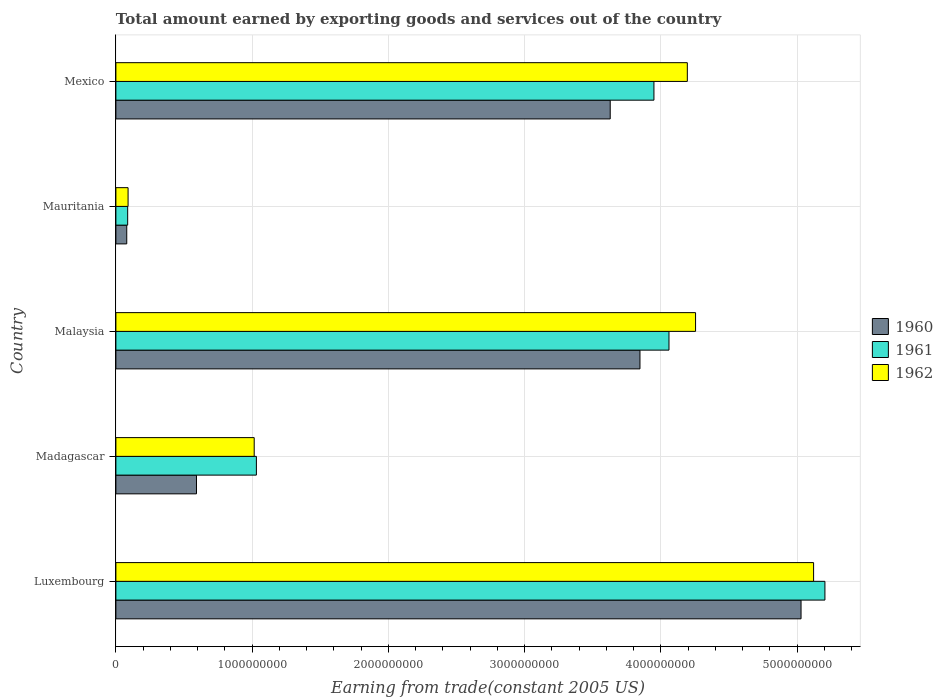
| Country | 1960 | 1961 | 1962 |
 | --- | --- | --- | --- |
 | Luxembourg | 5.03e+09 | 5.2e+09 | 5.12e+09 |
 | Madagascar | 5.92e+08 | 1.03e+09 | 1.02e+09 |
 | Malaysia | 3.85e+09 | 4.06e+09 | 4.25e+09 |
 | Mauritania | 7.97e+07 | 8.64e+07 | 8.95e+07 |
 | Mexico | 3.63e+09 | 3.95e+09 | 4.19e+09 |